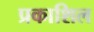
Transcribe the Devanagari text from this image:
प्रकाशिल